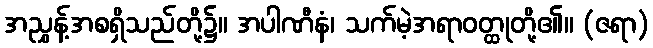
အညွှန့်အစရှိသည်တို့၌။ အပါဏီနံ၊ သက်မဲ့အရာဝတ္ထုတို့၏။ (ဇရာ)